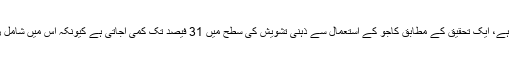
کاجو میں پائے جانے والا ذنک ذہنی خوف یا فکر کی سطح کم رکھنے میں مددگار ثابت ہوتا ہے، ایک تحقیق کے مطابق کاجو کے استعمال سے ذہنی تشویش کی سطح میں 31 فیصد تک کمی آجاتی ہے کیونکہ اس میں شامل زنک ایک ایسے اعصابی کیمیکل پر اثرانداز ہوتا ہے جو کہ انسانی مزاج پر اثرانداز ہوتا ہے۔